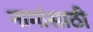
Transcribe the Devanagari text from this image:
नामांसाठी